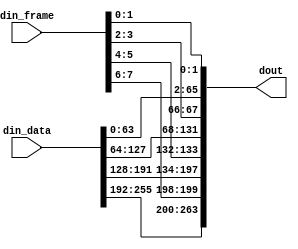
// (C) 2001-2016 Altera Corporation. All rights reserved.
// Your use of Altera Corporation's design tools, logic functions and other 
// software and tools, and its AMPP partner logic functions, and any output 
// files any of the foregoing (including device programming or simulation 
// files), and any associated documentation or information are expressly subject 
// to the terms and conditions of the Altera Program License Subscription 
// Agreement, Altera MegaCore Function License Agreement, or other applicable 
// license agreement, including, without limitation, that your use is for the 
// sole purpose of programming logic devices manufactured by Altera and sold by 
// Altera or its authorized distributors.  Please refer to the applicable 
// agreement for further details.


// $Id: //acds/prototype/alt_eth_ultra/ultra_16.0_intel_mcp/ip/ethernet/alt_eth_ultra/hsl18/eth_reframe.v#1 $
// $Revision: #1 $
// $Date: 2016/07/07 $
// $Author: yhu $
//-----------------------------------------------------------------------------
// Copyright 2012 Altera Corporation. All rights reserved.  
// Altera products are protected under numerous U.S. and foreign patents, 
// maskwork rights, copyrights and other intellectual property laws.  
//
// This reference design file, and your use thereof, is subject to and governed
// by the terms and conditions of the applicable Altera Reference Design 
// License Agreement (either as signed by you or found at www.altera.com).  By
// using this reference design file, you indicate your acceptance of such terms
// and conditions between you and Altera Corporation.  In the event that you do
// not agree with such terms and conditions, you may not use the reference 
// design file and please promptly destroy any copies you have made.
//
// This reference design file is being provided on an "as-is" basis and as an 
// accommodation and therefore all warranties, representations or guarantees of 
// any kind (whether express, implied or statutory) including, without 
// limitation, warranties of merchantability, non-infringement, or fitness for
// a particular purpose, are specifically disclaimed.  By making this reference
// design file available, Altera expressly does not recommend, suggest or 
// require that this reference design file be used in combination with any 
// other product not provided by Altera.
/////////////////////////////////////////////////////////////////////////////

`timescale 1 ps / 1 ps
// baeckler - 08-21-2012

module eth_reframe #(
	parameter WORDS = 4	
)(
	input [64*WORDS-1:0] din_data,
	input [2*WORDS-1:0] din_frame,
	output [66*WORDS-1:0] dout	
);

genvar i;
generate
	for (i=0; i<WORDS; i=i+1) begin : lp
		// merge the framing and data bits
		assign 
             dout[(i+1)*66-1:i*66] = {din_data[(i+1)*64-1:i*64],
									din_frame[(i+1)*2-1:i*2]};
    end
endgenerate	

endmodule
// BENCHMARK INFO :  5SGXEA7N2F45C2ES
// BENCHMARK INFO :  Max depth :  0.0 LUTs
// BENCHMARK INFO :  Combinational ALUTs : 0
// BENCHMARK INFO :  Memory ALUTs : 0
// BENCHMARK INFO :  Dedicated logic registers : 0
// BENCHMARK INFO :  Total block memory bits : 0